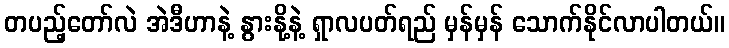
တပည့်တော်လဲ အဲဒီဟာနဲ့ နွားနို့နဲ့ ရှာလပတ်ရည် မှန်မှန် သောက်နိုင်လာပါတယ်။